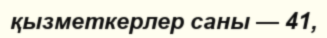
қызметкерлер саны — 41,